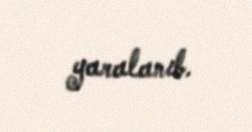
yaralanıb.